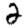
Digit: 2